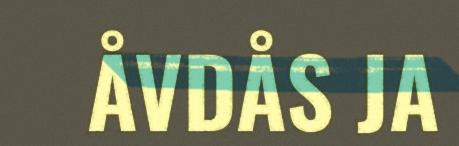
ÅVDÅS JA